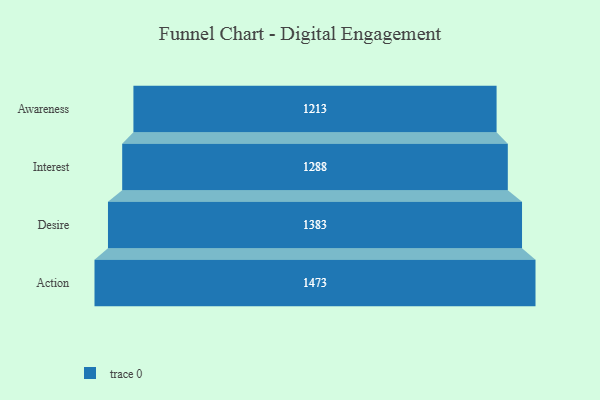
{"axis": {"x": "Stage", "y": "Value"}, "legend": [""], "data": [{"x": "Awareness", "y": 1213.0, "type": ""}, {"x": "Interest", "y": 1288.0, "type": ""}, {"x": "Desire", "y": 1383.0, "type": ""}, {"x": "Action", "y": 1473.0, "type": ""}]}